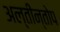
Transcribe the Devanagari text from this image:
अल्तीन्तोप